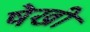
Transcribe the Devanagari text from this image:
षेखी